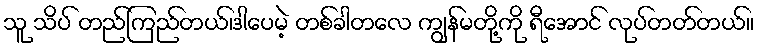
သူ သိပ် တည်ကြည်တယ်၊ဒါပေမဲ့ တစ်ခါတလေ ကျွန်မတို့ကို ရီအောင် လုပ်တတ်တယ်။